Annual report on the working of the mental hospitals in the Madras Presidency - 1912-1932
Year: 1912
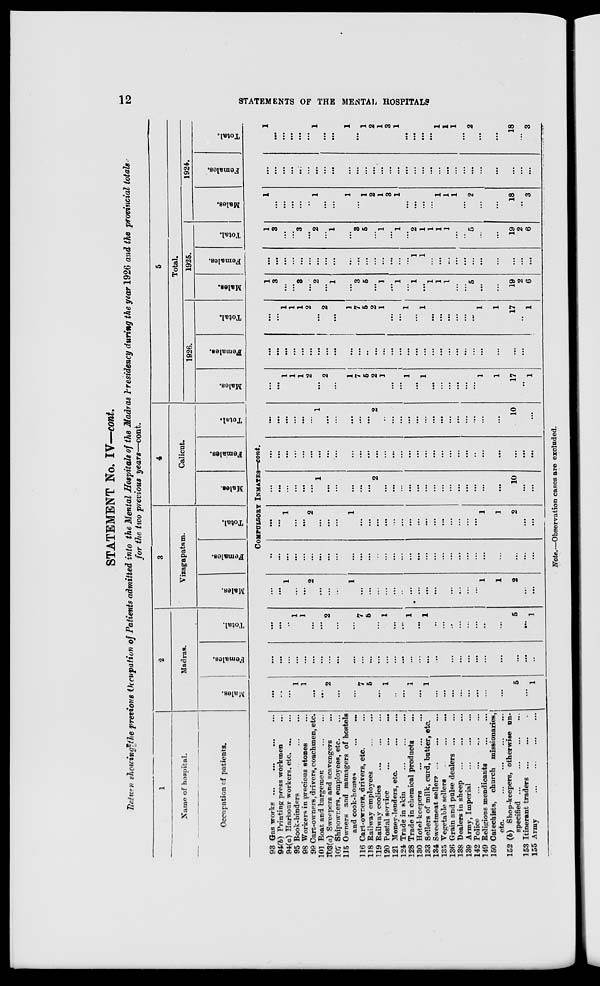
12
STATEMENTS OF THE MENTAL HOSPITALS
STATEMENT No. IV—cont.
Return showing the previous Occupation of Patients admitted into the Mental Hospitals of the Madras Presidency during the year 1926 and the provincial totals
for the two previous years—cont.
1
Name of hospital.
Occupation of patients.
2
Madras.
Males.
Females.
Total.
3
Vizagapatam.
Males.
Females.
Total.
4
Calicut.
Males.
Females.
Total.
5
Total.
1926.
Males.
Females.
Total.
1925.
Males.
Females.
Total.
1924.
Males.
Females.
Total.
COMPULSORY INMATES—cont.
93 Gas works
...
...
...
...
94(b) Printing press workmen ...
94(a) Harbour workers, etc. ... ...
95 Book-binders ... ... ...
98 Workers in precious stones ...
99 Cart-owners, drivers, coachmen, etc.
101 Boat and bargemen
...
...
103(a) Sweepers and scavengers ...
107 Shipowners, employees, etc. ...
115 Owners and managers of hostels
and cook-houses
...
...
116 Cart-owners, drivers, etc. ...
118 Railway employees
...
...
119 Railway coolies
...
...
...
120 Postal service
...
...
...
121 Money-lenders, etc. ... ...
124 Trade in skin
...
...
...
128 Trade in chemical products ...
130 Hotel-keepers ... ... ...
133 Sellers of milk, curd, butter, etc.
134 Sweetmeat sellers ... ... ...
135 Vegetable sellers
...
...
...
136 Grain and pulse dealers
...
...
138 Dealers in sheep
...
...
...
139 Army, Imperial ... ... ...
142 Police
...
...
...
...
149 Religious mendicants
...
...
150 Catechists, church missionaries,
etc. ... ... ... ...
152 (b) Shop-keepers, otherwise un-
specified ...
...
...
...
153 Itinerant traders ... ... ...
155 Army ... ... ... ...
...
...
...
1
1
...
...
2
...
...
7
5
...
1
...
...
1
...
1
...
...
...
...
...
...
...
...
5
...
1
...
...
...
...
...
...
...
...
...
...
...
...
...
...
...
...
...
...
...
...
...
...
...
...
...
...
...
...
...
...
...
...
...
1
1
...
...
2
...
...
7
5
...
1
...
...
1
...
1
...
...
...
...
...
...
...
...
5
...
1
...
...
1
...
...
2
...
...
...
1
...
...
...
...
...
...
...
...
...
...
...
...
...
...
...
1
1
2
...
...
...
...
...
...
...
...
...
...
...
...
...
...
...
...
...
...
...
...
...
...
...
...
...
...
...
...
...
...
...
...
...
...
1
...
...
2
...
...
...
1
...
...
...
...
...
...
...
...
...
...
...
...
...
...
...
1
1
2
...
...
...
...
...
...
...
...
1
...
...
...
...
...
2
...
...
...
...
...
...
...
...
...
...
...
...
...
...
10
...
...
...
...
...
...
...
...
...
...
...
...
...
...
...
...
...
...
...
...
...
...
...
...
...
...
...
...
...
...
...
...
...
...
...
...
...
...
1
...
...
...
...
...
2
...
...
...
...
...
...
...
...
...
...
...
...
...
...
10
...
...
...
...
1
1
1
2
...
2
...
1
7
5
2
1
...
...
1
...
1
...
...
...
...
...
...
1
1
17
...
1
...
...
...
...
...
...
...
...
...
...
...
...
...
...
...
...
...
...
...
...
...
...
...
...
...
...
...
...
...
...
...
...
1
1
1
2
...
2
...
1
7
5
2
1
...
...
1
...
1
...
...
...
...
...
...
1
1
17
...
1
1
3
...
...
3
...
2
...
1
...
3
5
...
1
...
1
...
1
...
1
1
1
...
...
5
...
...
19
2
6
... ...
...
...
...
...
...
...
...
...
...
...
...
...
...
...
...
1
1
...
...
...
...
...
...
...
...
...
...
...
1
3
...
...
3
...
2
...
1
...
3
5
...
1
...
1
...
2
1
1
1
1
...
...
5
...
...
19
2
6
1
...
...
...
...
...
1
...
...
1
...
1
2
1
3
1
...
...
...
...
1
1
1
...
2
...
...
18
...
3
...
...
...
...
...
...
...
...
...
...
...
...
...
...
...
...
...
...
...
...
...
...
...
...
...
...
...
...
...
...
1
...
...
...
...
...
1
...
...
1
...
1
2
1
3
1
...
...
...
...
1
1
1
...
2
...
...
18
...
3
Note.—Observation
cases are excluded.